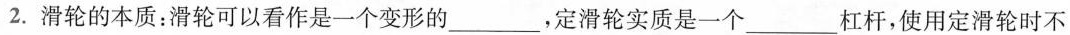
2.滑轮的本质：滑轮可以看作是一个变形的_________，定滑轮实质是一个_________杠杆，使用定滑轮时不